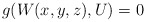
\begin{align*} g(W(x,y,z),U) = 0\end{align*}